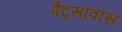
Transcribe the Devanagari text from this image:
पैट्सावास